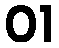
01